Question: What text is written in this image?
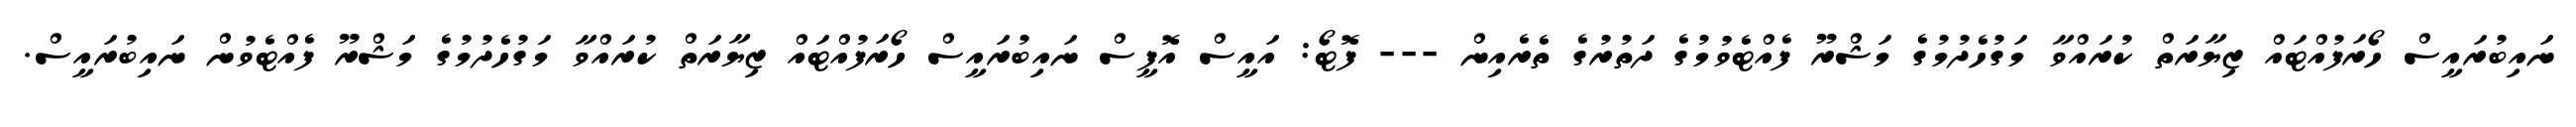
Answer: ނައިބުރައީސް ހޯރަފުއްޓައް ޒިޔާރަތް ކުރައްވާ މަގުހެދުމުގެ މަޝްރޫ ފެއްޓެވުމުގެ ދަތުރުގެ ތެރެއިން --- ފޮޓޯ: އައީސް އޮފީސް ނައިބުރައީސް ހޯރަފުއްޓައް ޒިޔާރަތް ކުރައްވާ މަގުހެދުމުގެ މަޝްރޫ ފެއްޓެވުން ނައިބުރައީސް.